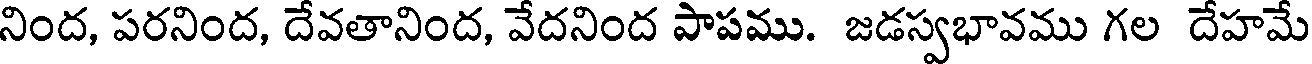
నింద, పరనింద, దేవతానింద, వేదనింద పాపము. జడస్వభావము గల దేహమే